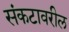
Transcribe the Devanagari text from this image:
संकटावरील